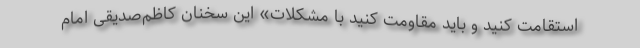
استقامت کنید و باید مقاومت کنید با مشکلات» این سخنان کاظم‌صدیقی امام